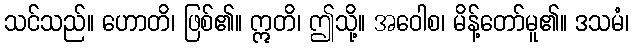
သင်သည်။ ဟောတိ၊ ဖြစ်၏။ ဣတိ၊ ဤသို့။ အဝေါစ၊ မိန့်တော်မူ၏။ ဒသမံ၊